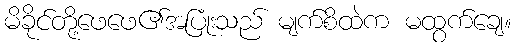
မိခိုင်တို့ဖေဖေ၏အပြုံးသည် မျက်စိထဲက မထွက်ချေ။